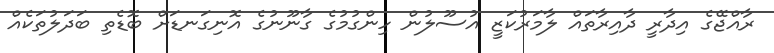
ރާއްޖޭގެ އިދާރީ ދާއިރާތައް ލާމަރުކަޒީ އުސޫލުން ހިންގުމުގެ ގާނޫނުގެ އޮނިގަނޑަށް ބޮޑެތި ބަދަލުތަކެއް